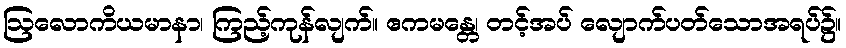
ဩလောကိယမာနာ၊ ကြည့်ကုန်လျက်။ ဧကမန္တေ၊ တင့်အပ် လျောက်ပတ်သောအရပ်၌။